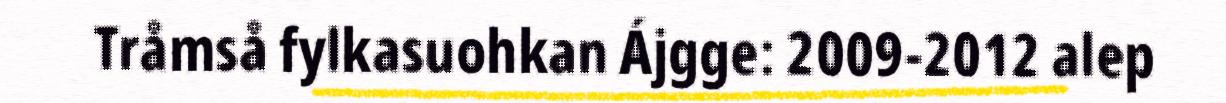
Tråmså fylkasuohkan Ájgge: 2009-2012 alep